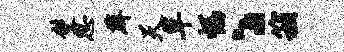
双思薜天草幅丶箱